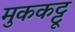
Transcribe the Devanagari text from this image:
मुककट्टू